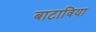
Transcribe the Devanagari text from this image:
बाटाविया